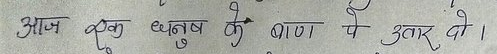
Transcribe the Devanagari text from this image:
आज एक धनुष के बाण पे उतार वो ।